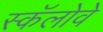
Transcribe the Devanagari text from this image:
स्कॅलोवे